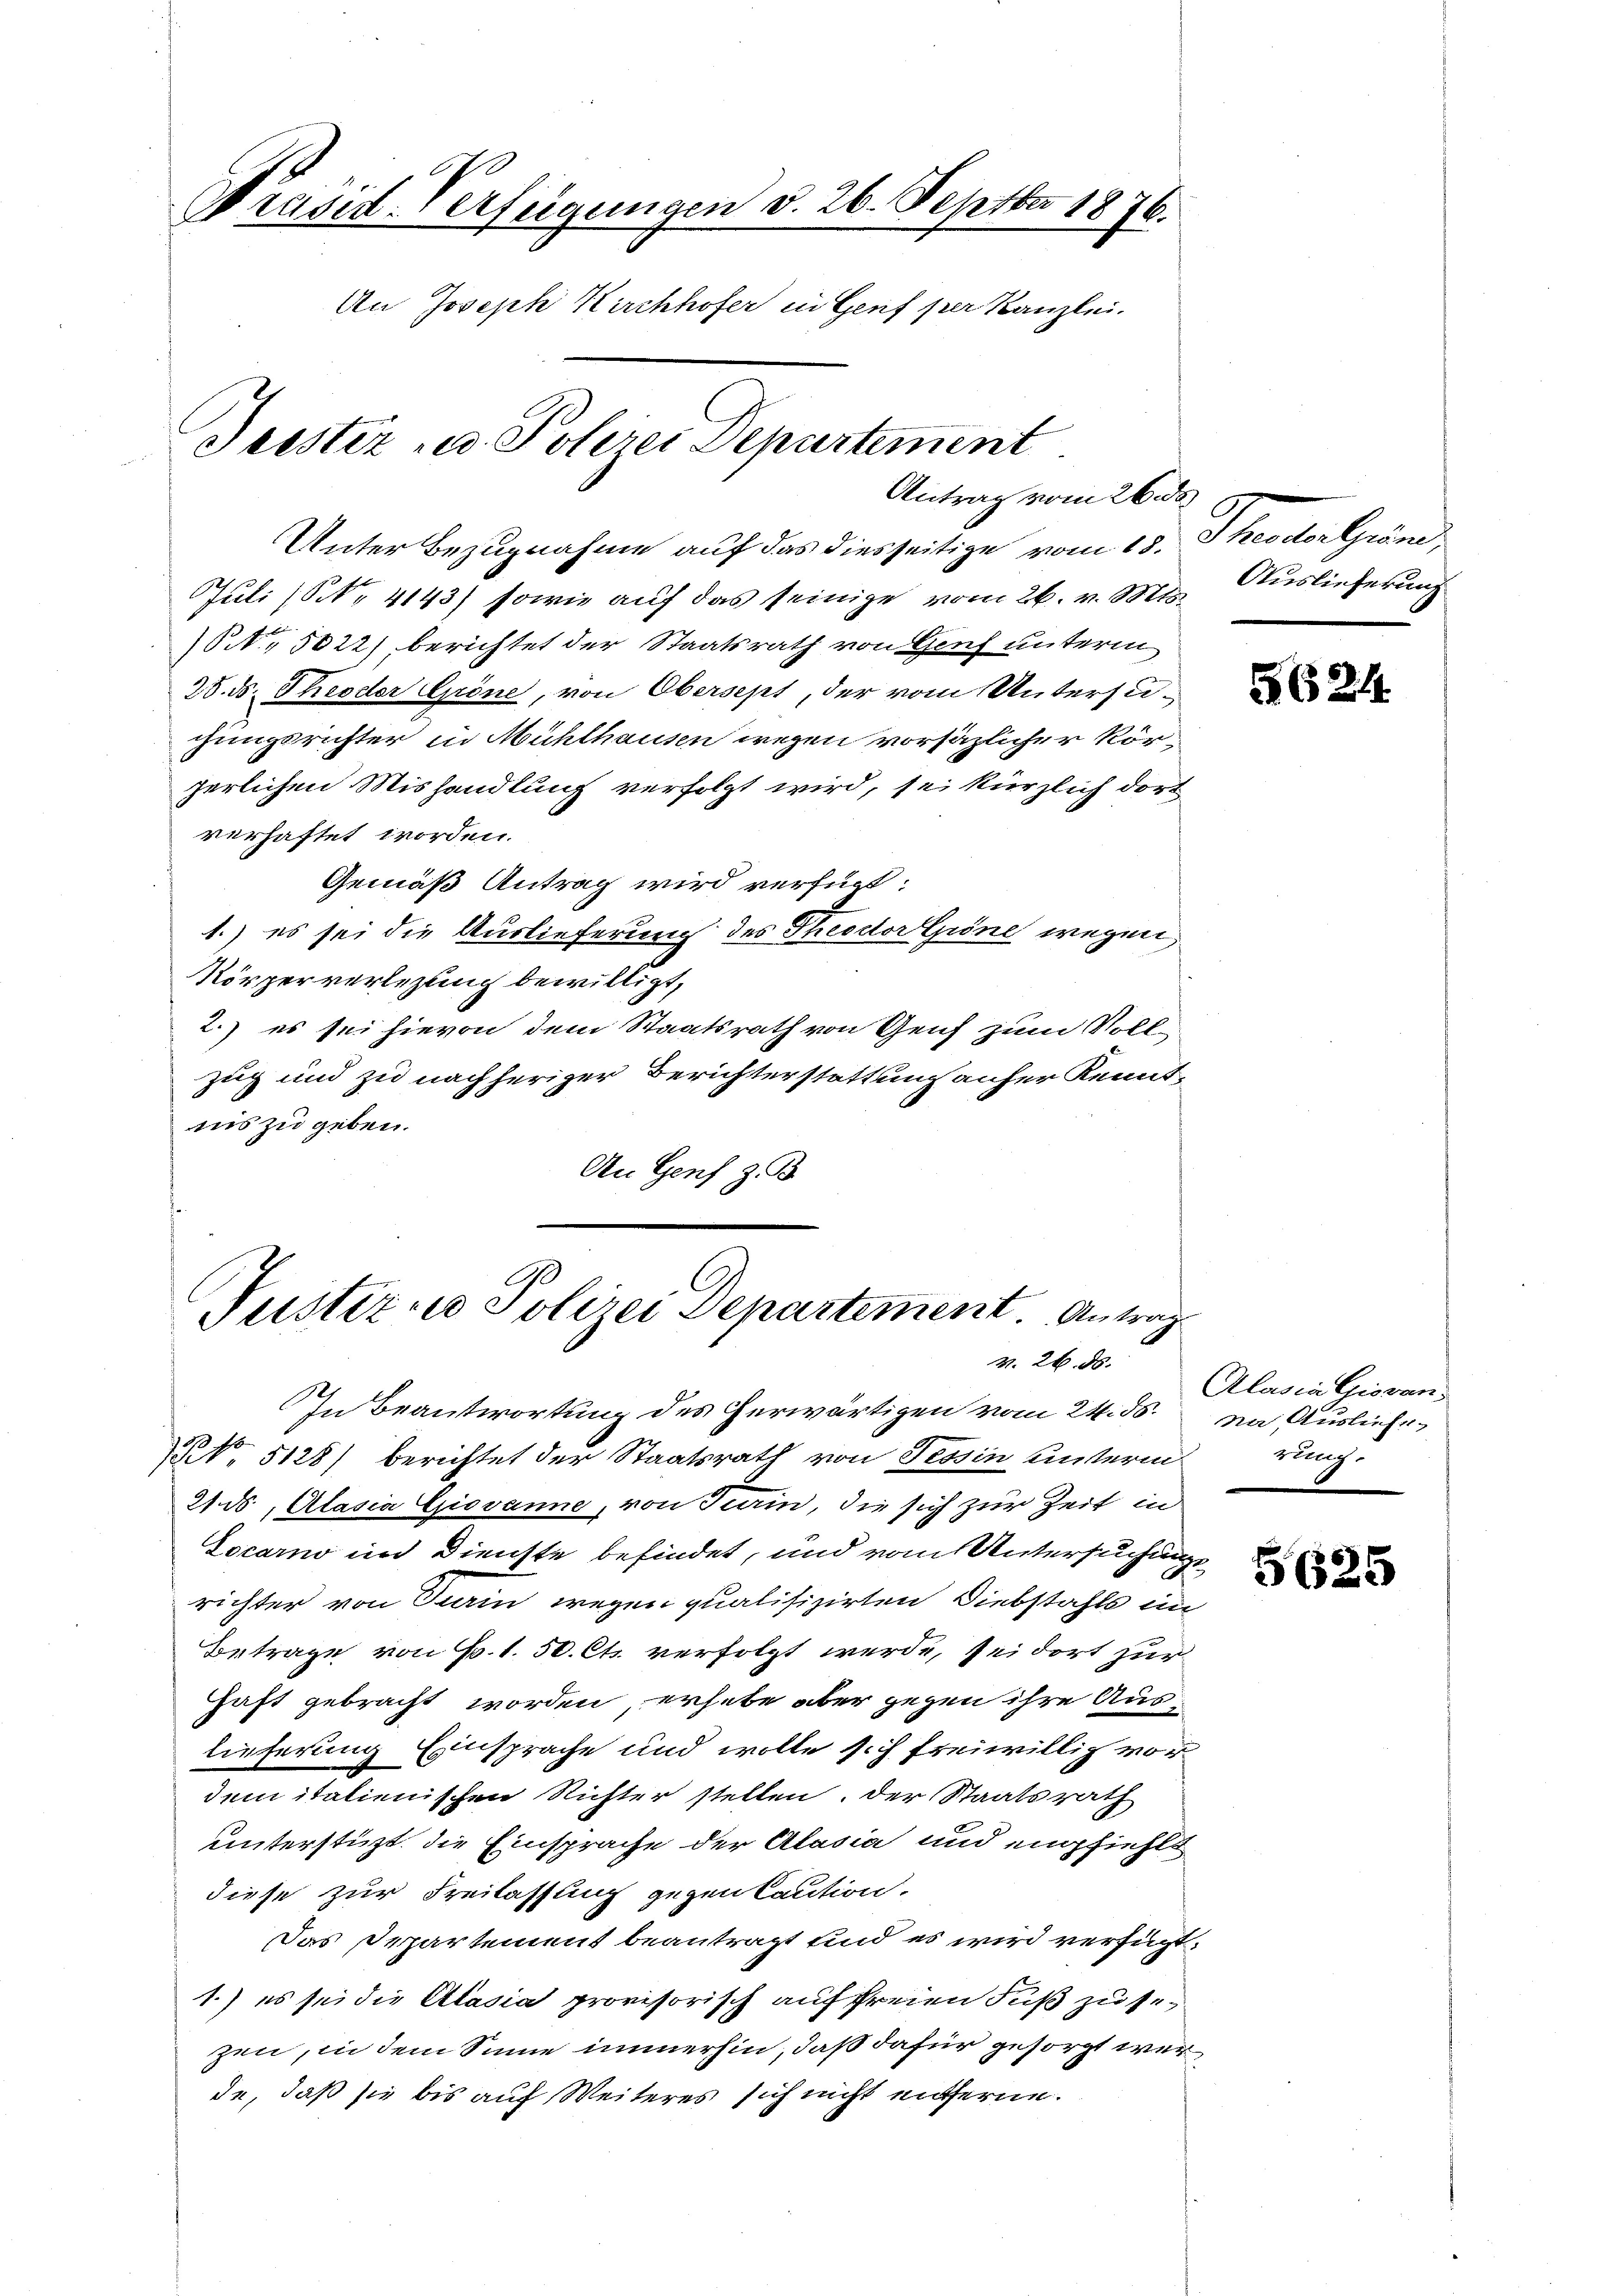
Präsid-Verfügungen d. 26. Septbr 1876.
An Joseph Kirchhofer in Genf per Kanzlei.
Teister u. Polerer Departement
Antrag vom 26. ds.

Unter Bezugnahme auf das diesseitige vom 13. Theodor Gröne,
Juli (NNo. 4143) sowie auf das seinige vom 26. v. Mts.
5022) berichtet der Staatsrath von Genf unterm
28. ds. Theoder Gröne, von Obersept, der vom Untersuchungsrichter in Mühlhausen wegen vorsäzlicher körherlichen Mishandlung verfolgt wird, sei kürzlich dort
verhaftet worden.
Gemäß Antrag wird verfügt:
1.) es sei die Auslieferung des Theodor Grine wegen
Körperverlegung bewilligt,
2.) es sei hievon dem Staatsrath von Genf zum Voll-
zug und zu nachheriger Berichterstattung anher Kenntrus zu geben.
An Genf z. B.

Justiz- u Polizei Departement. Antrag
v. 26. ds.

In Beantwortung des herwärtigen vom 24. ds.

NNo 5128) berichtet der Staatsrath von Tessin unterm
21. ds. Alasia Giovanne, von Sein, die sich zur Zeit in
Locarno in Dienste befindet, und vom Untersuchungsrichter von Sein wegen qualifizirten Diebstahls im
Betrage von F. 1. 50. Cts. verfolgt werde, sei dort zur
haft gebracht worden erhebe aber gegen ihre Auslieferung Einsprache und wolle sich freiwillig vor
dem italienischen Richter stellen. Der Staatsrath
unterstüzt, die Einsprache der Alasia und empfiehlt
diese zur Freilassung gegen Caution.
Das Departement beantragt und es wird verfügt.
1.) es sei die Attasia provisorisch auf freien Fuß zu sezen, in dem Sinne immerhin, daß dafür gesorgt wer
de, daß sie bis auf Weiteres sich nicht entferne.

Auslieferung

5624

Alasia Giovan,
ne Ausliefe.
rung.

5625